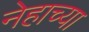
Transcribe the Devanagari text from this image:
नेहाच्या